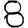
Digit: 8